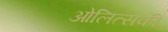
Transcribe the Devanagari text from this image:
ओलित्सकी